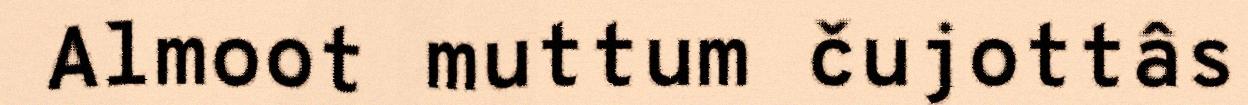
Almoot muttum čujottâs